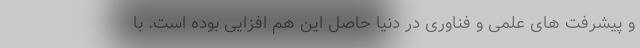
و پیشرفت های علمی و فناوری در دنیا حاصل این هم افزایی بوده است. با